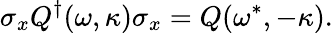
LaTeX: \sigma_{x}Q^{\dagger}(\omega,\kappa)\sigma_{x}=Q(\omega^{*},-\kappa).